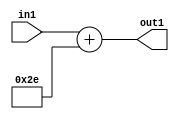
`timescale 1ps / 1ps
/*****************************************************************************
    Verilog RTL Description
    
    
    Created by: Stratus DpOpt 2019.1.01 
*******************************************************************************/

module DC_Filter_Add_12U_160_4 (
	in1,
	out1
	); /* architecture "behavioural" */ 
input [11:0] in1;
output [11:0] out1;
wire [11:0] asc001;

assign asc001 = 
	+(in1)
	+(12'B000000101110);

assign out1 = asc001;
endmodule

/* CADENCE  urnyTA0= : u9/ySgnWtBlWxVPRXgAZ4Og= ** DO NOT EDIT THIS LINE ******/